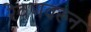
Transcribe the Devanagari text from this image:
रेवणवरून